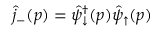
\hat { j } _ { - } ( p ) = \hat { \psi } _ { \downarrow } ^ { \dagger } ( p ) \hat { \psi } _ { \uparrow } ( p )